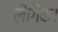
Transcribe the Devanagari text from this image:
लैंगिक।